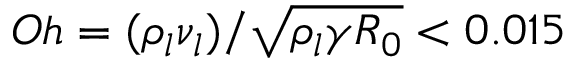
O h = ( { \rho _ { l } } { \nu _ { l } } ) / \sqrt { { \rho _ { l } } \gamma { R _ { 0 } } } < 0 . 0 1 5